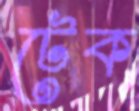
টেক